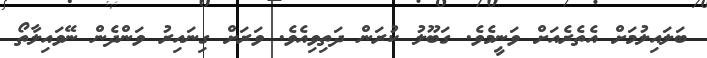
ބަލައިލުމަށް އެތެރެއަށް ވަނީމެވެ. ގަބޫލު ކުރަން ދަތިވިއެވެ. ވަރަށް ގިނައިރު ވަންދެން ނޭވައިލާތޯ